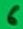
Text: 6